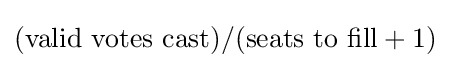
({\text{valid votes cast}})/({\text{seats to fill}}+1)